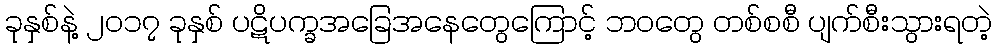
ခုနှစ်နဲ့ ၂၀၁၇ ခုနှစ် ပဋိပက္ခအခြေအနေတွေကြောင့် ဘဝတွေ တစ်စစီ ပျက်စီးသွားရတဲ့